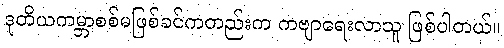
ဒုတိယကမ္ဘာစစ်မဖြစ်ခင်ကတည်းက ကဗျာရေးလာသူ ဖြစ်ပါတယ်။